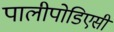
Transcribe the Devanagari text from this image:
पालीपोडिएसी